Black-water fever - Number 35
Disease focus: Fever
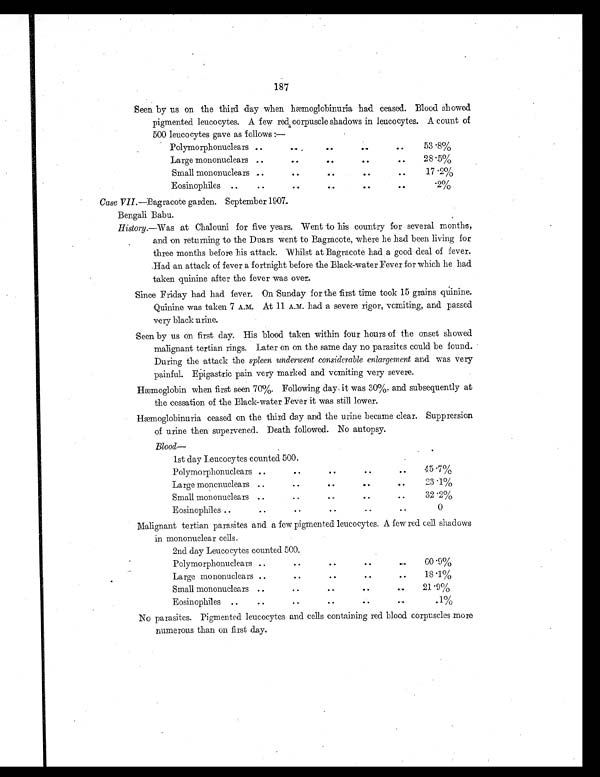
187
Seen by us on the third day when hæmoglobinuria had ceased. Blood showed
pigmented leucocytes. A few red corpuscle shadows in leucocytes. A count of
500 leucocytes gave as follows :—
Polymorphonuclears .. ..
..
..
..
53.8%
Large mononuclears ..
..
..
..
..
28.5%
Small mononuclears ..
..
..
..
..
17.2%
Eosinophiles
.. .. .. .. .. ..
.2%
Case VII. —Bagracote garden. September 1907.
Bengali Babu.
History.—Was at . Chalouni for five years. Went to his country for several months,
and on returning to the Duars went to Bagracote, where he had been living for
three months before his attack. Whilst at Bagracote had a good deal of fever.
Had an attack of fever a fortnight before the Black-water Fever for which he had
taken quinine after the fever was over.
Since Friday had had fever. On Sunday for the first time took 15 grains quinine.
Quinine was taken 7 A.M. At 11 A.M. had a severe rigor, vomiting, and passed
very black urine.
Seen by us on first day. His blood taken within four hours of the onset showed
malignant tertian rings. Later on on the same day no parasites could be found.
During the attack the spleen underwent considerable enlargement and was very
painful. Epigastric pain very marked and vomiting very severe.
Hæmoglobin when first seen 70%. Following day it was 30% and subsequently at
the cessation of the Black-water Fever it was still lower.
Hæmoglobinuria ceased on the third day and the urine became clear. Suppression
of urine then supervened. Death followed. No autopsy.
Blood—
Malignant tertian parasites and a few pigmented leucocytes. A few red cell shadows
in mononuclear cells.
2nd day Leucocytes counted 500.
Polymorphonuclears ..
..
..
..
..
60.9%
Large mononuclears ..
.. .. .. ..
18.1%
Small mononuclears ..
..
..
.. ..
21.9%
Eosinophiles ..
..
..
.. .. ..
.1%
No parasites. Pigmented leucocytes and cells containing red blood corpuscles more
numerous than on first day.
1st day Leucocytes counted 500.
Polymorphonuclears ..
..
.. .. ..
45.7%
Large mononuclears ..
..
.. .. ..
23.1%
Small mononuclears ..
..
..
..
..
32.2%
Eosinophiles ..
..
..
..
.. ..
0